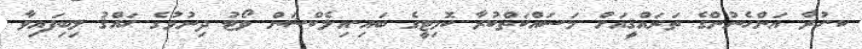
ކ.ހުރާ އަންހެނުންގެ ތަރައްޤީއަށް މަސައްކަތްކުރާ ކޮމިޓީގެ ބައި-އިލެކްޝަން ވޯޓު ދިނުމުގެ ޙައްޤު ލިބިފައިވާ